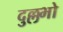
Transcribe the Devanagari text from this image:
दुल्लभो